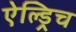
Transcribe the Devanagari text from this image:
ऐल्ड्रिच